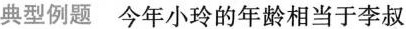
典型例题 今年小玲的年龄相当于李叔